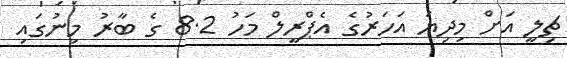
ޗިލީ އަށް މިިދިޔަ އަަހަރުގެ އެޕްރީލް މަހު 8.2 ގެ ބާރު މިނުގައި